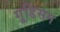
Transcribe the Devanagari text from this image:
गूडिसन